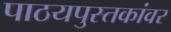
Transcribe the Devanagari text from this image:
पाठयपुस्तकांवर